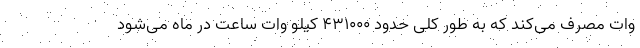
وات مصرف می‌کند که به طور کلی حدود ۴۳۱۰۰۰ کیلو وات ساعت در ماه می‌شود